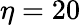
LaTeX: \eta=20